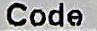
CODE